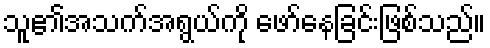
သူ၏အသက်အရွယ်ကို ဖော်နေခြင်းဖြစ်သည်။